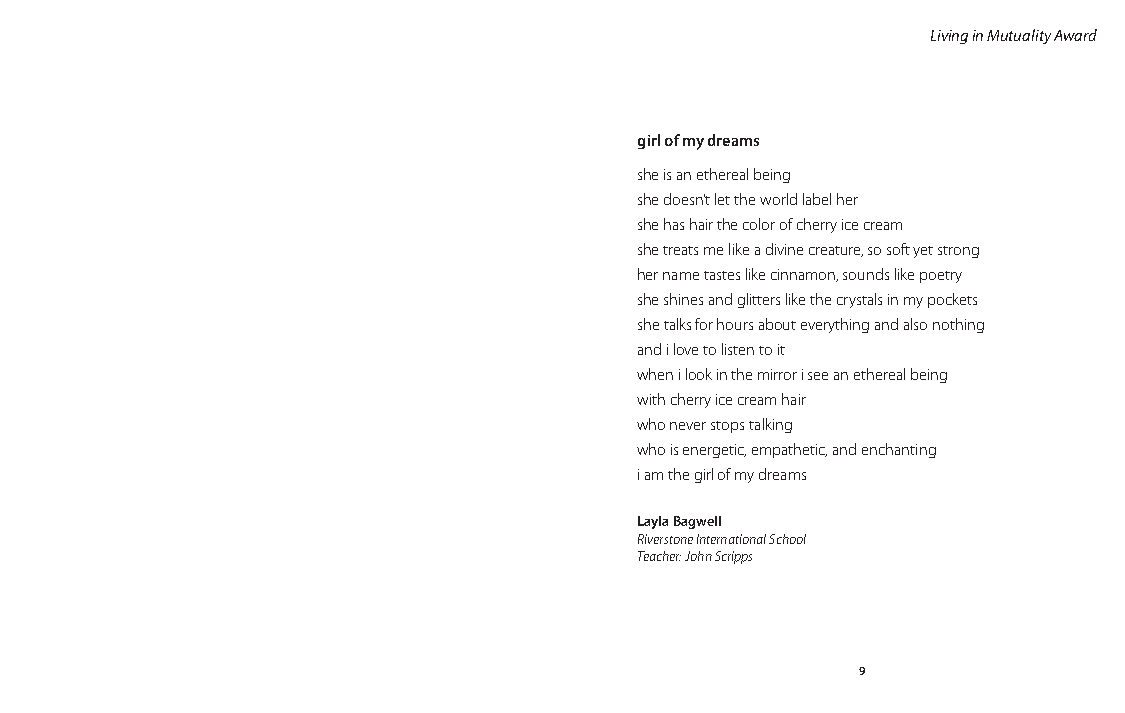
Living in Mutuality Award
 girl of my dreams
 she is an ethereal being
 she doesn’t let the world label her
 she has hair the color of cherry ice cream
 she treats me like a divine creature, so soft yet strong
 her name tastes like cinnamon, sounds like poetry
 she shines and glitters like the crystals in my pockets
 she talks for hours about everything and also nothing
 and i love to listen to it
 when i look in the mirror i see an ethereal being
 with cherry ice cream hair
 who never stops talking
 who is energetic, empathetic, and enchanting
 i am the girl of my dreams
 Layla Bagwell
 Riverstone International School
 Teacher: John Scripps
 9